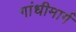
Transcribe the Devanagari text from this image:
गांधीमार्ग